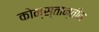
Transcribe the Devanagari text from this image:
कोन्स्तान्तीन